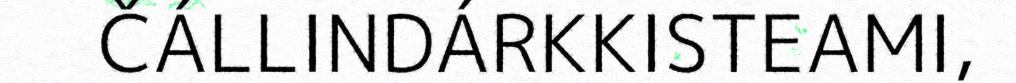
ČÁLLINDÁRKKISTEAMI,